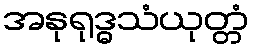
အနုရုဒ္ဓသံယုတ္တံ